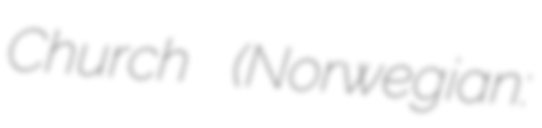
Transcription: Church (Norwegian: